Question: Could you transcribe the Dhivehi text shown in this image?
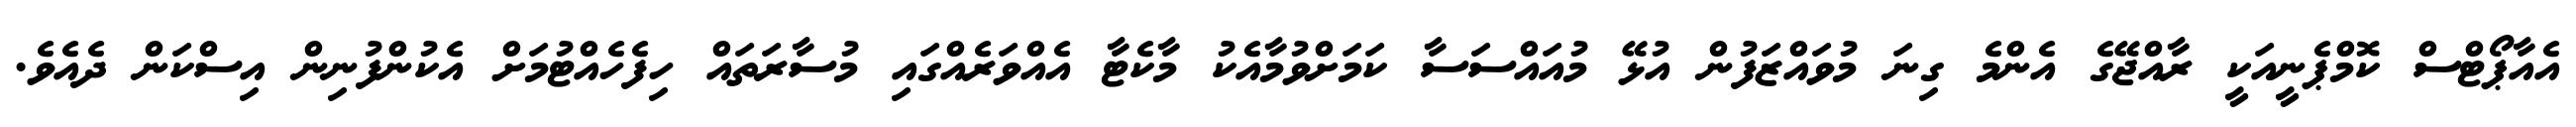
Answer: އެއާޕޯޓްސް ކޮމްޕެނީއަކީ ރާއްޖޭގެ އެންމެ ގިނަ މުވައްޒަފުން އުޅޭ މުއައްސަސާ ކަމަށްވުމާއެކު މާކެޓާ އެއްވަރެއްގައި މުސާރަތައް ހިފެހެއްޓުމަށް އެކުންފުނިން އިސްކަން ދެއެވެ.